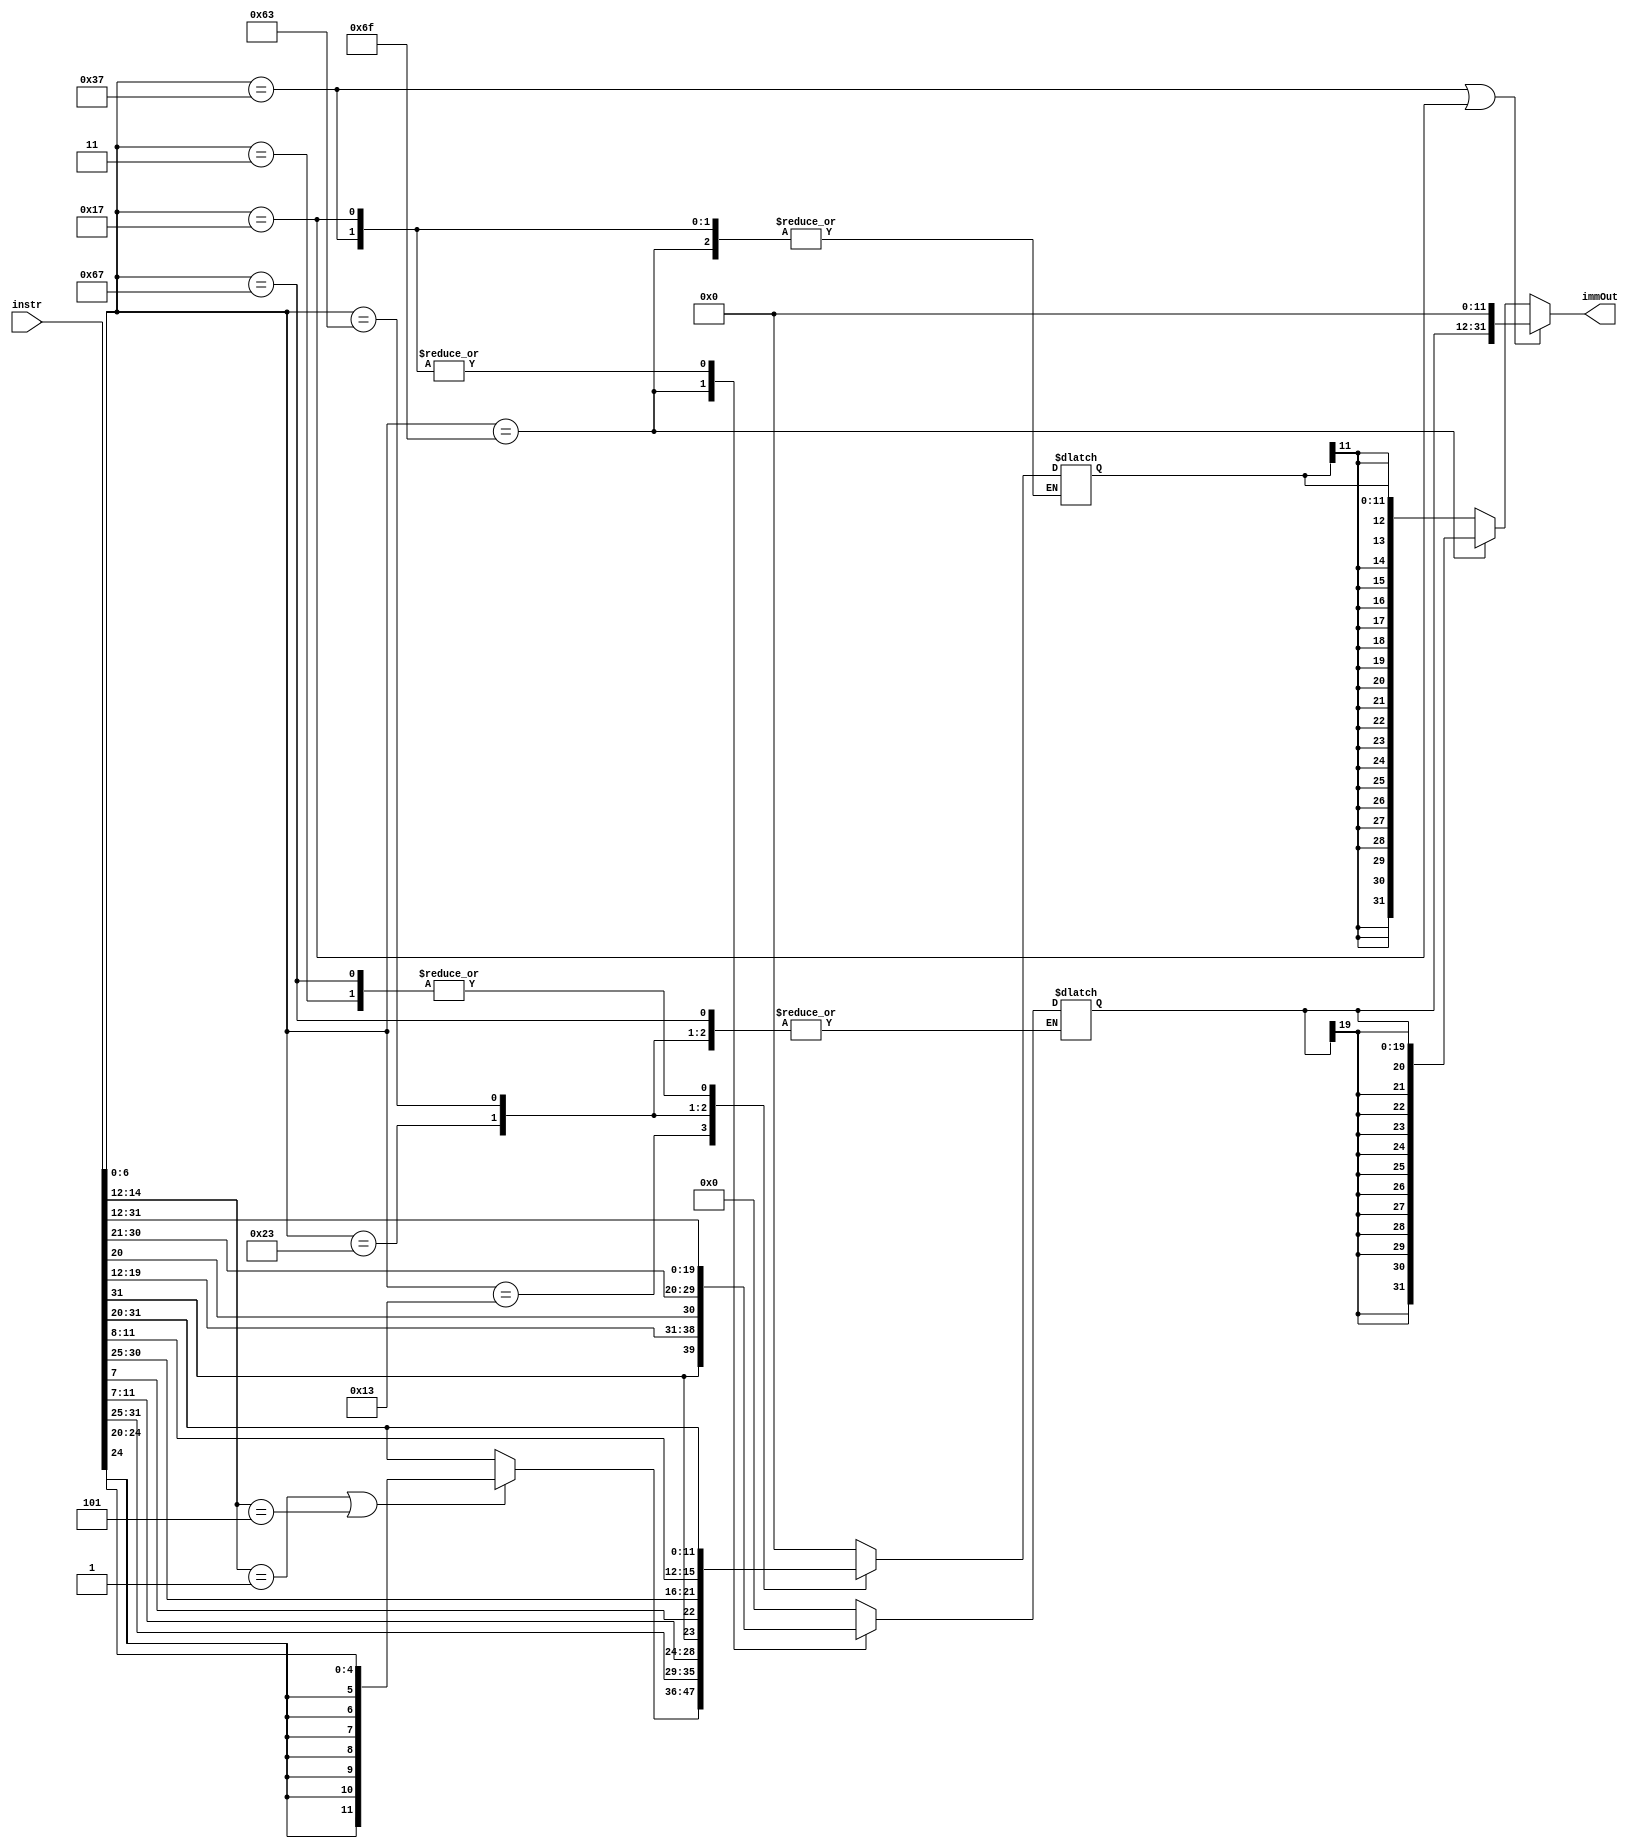
`timescale 1ns / 1ps
`default_nettype none

module imm_gen(
input wire [31:0] instr,
output wire [31:0] immOut
);
parameter I1 = 7'b0010011, I2 = 7'b0000011, S = 7'b0100011 ,B=7'b1100011,J=7'b1101111,JR=7'b1100111,U=7'b0110111,UPC=7'b0010111;

reg [11:0] imm;
reg [19:0] imm_j_u; //20 bit immediate for both u type and j type
wire [6:0] opcode;
wire [2:0] func3;

assign func3 = instr[14:12];
assign opcode = instr[6:0];
assign immOut = (opcode== U ||opcode==UPC)? {imm_j_u,12'd0}:(opcode==J)? {{12{imm_j_u[19]}},imm_j_u[19:0]}:{{20{imm[11]}}, imm[11:0]};

always @(*)
begin
    case(opcode)
        I1:
        begin 
            if( func3 == 3'b001 || func3 == 3'b101)
                imm <= {{7{instr[24]}},instr[24:20]}; //for I-type shift instructions shift amount is encoded in the instructions only
            else
                imm <= instr[31:20];
           
        end
        I2:  
            imm <= instr[31:20]; 
        S:
            imm <= {instr[31:25],instr[11:7]};
        B: 
            imm<={instr[31],instr[7],instr[30:25],instr[11:8]};
        J: 
            imm_j_u<={instr[31],instr[19:12],instr[20],instr[30:21]};
        JR:
            imm<={instr[31:20]};   
        U:
            imm_j_u<={instr[31:12]};   
        UPC:
            imm_j_u<={instr[31:12]};        
        default:
        begin 
            imm <= 12'd0;
            imm_j_u <= 20'd0;
        end
    endcase
        
end

endmodule